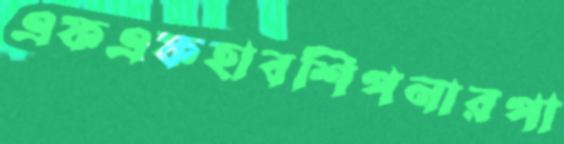
এফএফহাবশিপনারপা